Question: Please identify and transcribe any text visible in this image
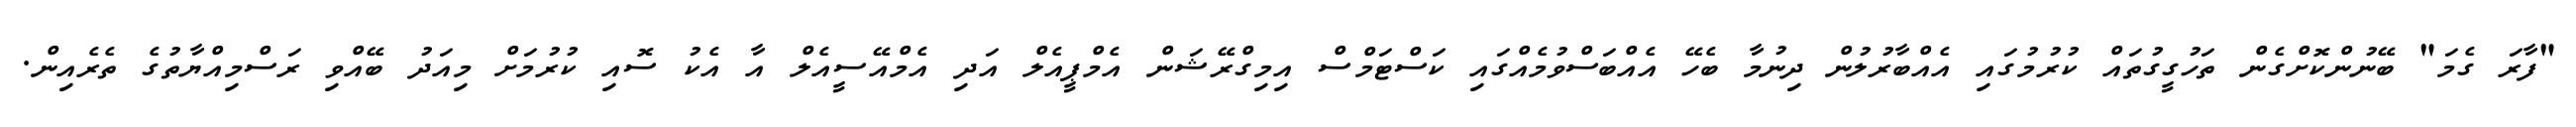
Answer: "ފާރަ ގެމަ" ބޭނުންކޮށްގެން ތަހުގީގުތައް ކުރުމުގައި އެއްބާރުލުން ދިނުމާ ބެހޭ އެއްބަސްވުމެއްގައި ކަސްޓަމްސް އިމިގްރޭޝަން އެމްޕީއެލް އަދި އެމްއޭސީއެލް އާ އެކު ސޮއި ކުރުމަށް މިއަދު ބޭއްވި ރަސްމިއްޔާތުގެ ތެރެއިން.